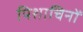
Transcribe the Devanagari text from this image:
पिशाचिनों